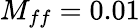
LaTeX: M_{ff}=0.01